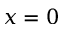
x = 0